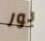
بور